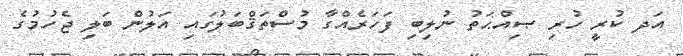
އަދ ކުރީ ހުރި ޞިއްޙަތު ނުލިބި ފަހަރެއްގާ މުސްތަޤްބަލުގައި އަލުން ބަލި ޖެހުމުގެ